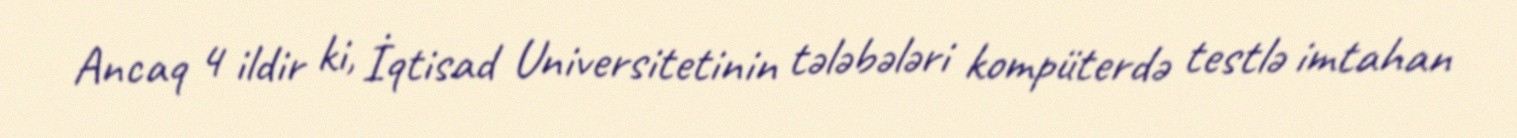
Ancaq 4 ildir ki, İqtisad Universitetinin tələbələri kompüterdə testlə imtahan